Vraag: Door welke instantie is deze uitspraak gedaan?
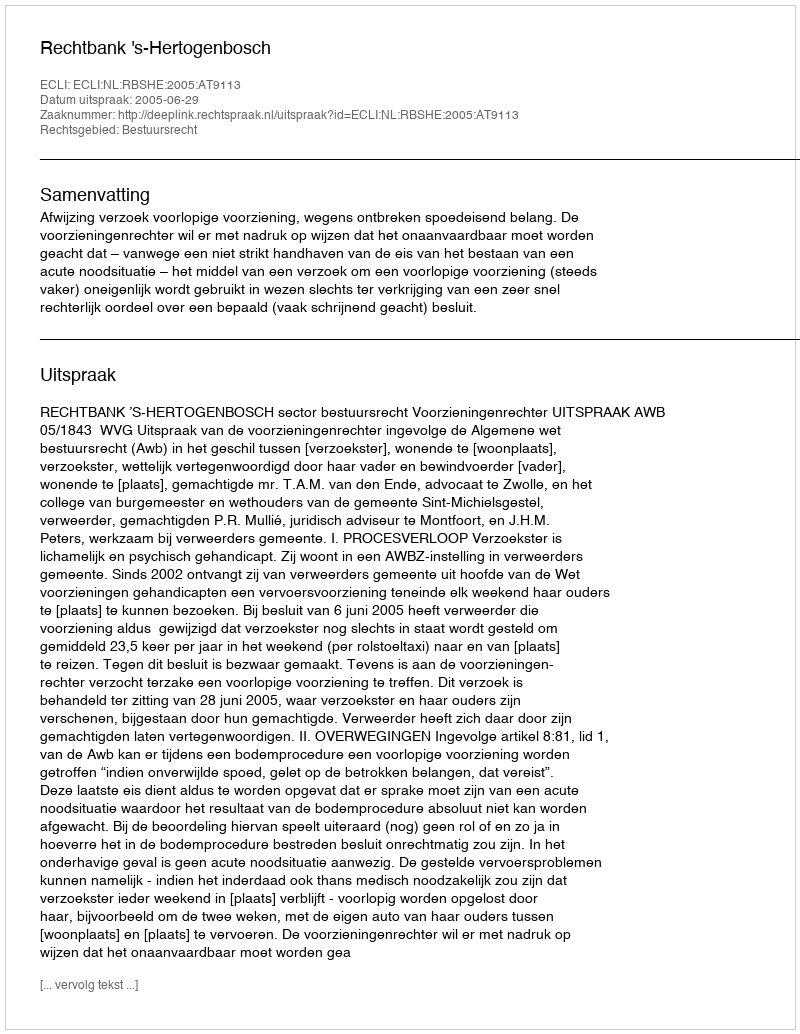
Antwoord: Rechtbank 's-Hertogenbosch